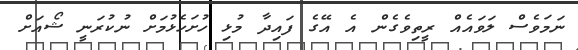
ނަމަވެސް ލަވައެއް ރީތިވެގެން އެ އޭގެ ފައިދާ މުޅި ހުށަހެޅުމަށް ނުކުރަނީ ޝޯއަށް